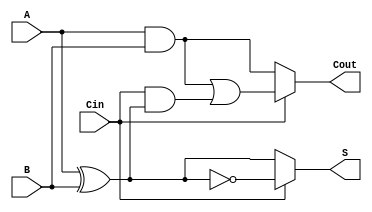
module ConditionalSumFullAdder (
    input wire A,      // First input bit
    input wire B,      // Second input bit
    input wire Cin,    // Carry-in bit
    output wire S,     // Sum output
    output wire Cout    // Carry-out output
);

// Intermediate signals for sum and carry calculations
wire S0, S1;         // Sum outputs for Cin = 0 and Cin = 1
wire C0, C1;         // Carry outputs for Cin = 0 and Cin = 1

// Conditional sum calculations
assign S0 = A ^ B;                       // Sum when Cin = 0
assign S1 = S0 ^ 1;                      // Sum when Cin = 1 (S1 = A  B  1)

// Conditional carry calculations
assign C0 = A & B;                       // Carry-out when Cin = 0
assign C1 = (A & B) | (Cin & S0);        // Carry-out when Cin = 1

// Final output selection based on Cin
assign S = (Cin) ? S1 : S0;              // Select sum based on Cin
assign Cout = (Cin) ? C1 : C0;           // Select carry-out based on Cin

endmodule